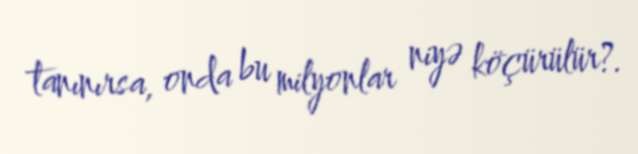
tanınırsa, onda bu milyonlar niyə köçürülür?.